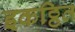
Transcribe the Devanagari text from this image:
इकठ्ठित